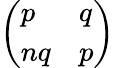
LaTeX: \left(\begin{array}{ll}{p}&{q}\\ {nq}&{p}\end{array}\right)